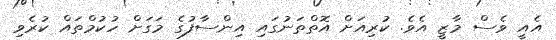
އެއީ ވެސް މާޒީ އެވެ. ކުރިއަށް އޮތްތަނުގައި އިންސާފުގެ މަގަށް ހުކުމްތައް ކުރެވި